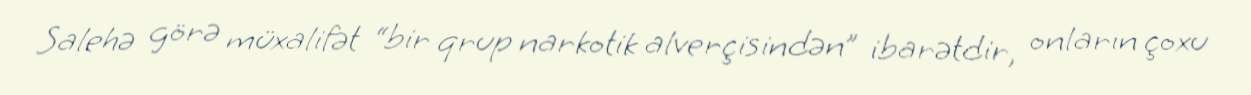
Salehə görə müxalifət “bir qrup narkotik alverçisindən” ibarətdir, onların çoxu